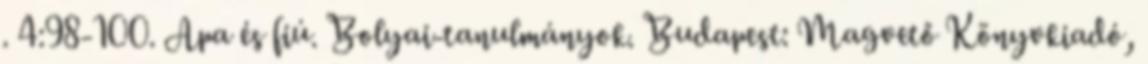
. 4:98-100. Apa és fiú. Bolyai-tanulmányok. Budapest: Magvető Könyvkiadó,